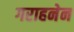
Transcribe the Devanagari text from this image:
गराहनेन